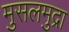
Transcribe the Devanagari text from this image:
मुसलमुद्रा